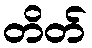
တိတ်